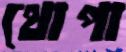
থোপা